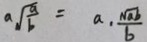
a \sqrt { \frac { a } { b } } = a \cdot \frac { \sqrt { a b } } { b }